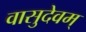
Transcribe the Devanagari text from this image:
वासुदेवम्